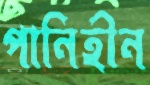
পানিহীন